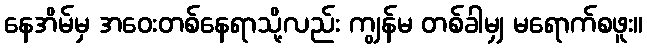
နေအိမ်မှ အဝေးတစ်နေရာသို့လည်း ကျွန်မ တစ်ခါမျှ မရောက်စဖူး။